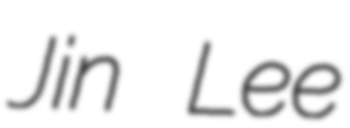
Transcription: Jin Lee